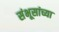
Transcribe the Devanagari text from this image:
संभूसांच्या